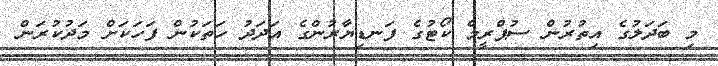
މި ބަދަލުގެ އިތުރުން ސުޕްރީމް ކޯޓުގެ ފަނޑިޔާރުންގެ އަދަދު ހަތަކުން ފަހަކަށް މަދުކުރަން